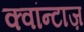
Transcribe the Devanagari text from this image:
क्वांन्टाज़